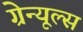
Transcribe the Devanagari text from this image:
ग्रेन्यूल्स